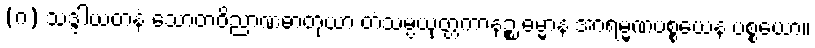
(ဂ) သဒ္ဒါယတနံ သောတဝိညာဏဓာတုယာ တံသမ္ပယုတ္တကာနဉ္စ ဓမ္မာနံ အာရမ္မဏပစ္စယေန ပစ္စယော။